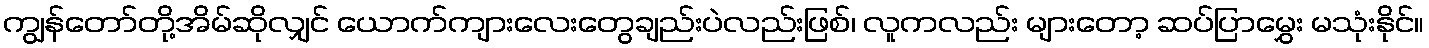
ကျွန်တော်တို့အိမ်ဆိုလျှင် ယောက်ကျားလေးတွေချည်းပဲလည်းဖြစ်၊ လူကလည်း များတော့ ဆပ်ပြာမွှေး မသုံးနိုင်။